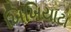
ખિખિયાટા